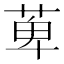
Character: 萆